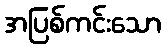
အပြစ်ကင်းသော